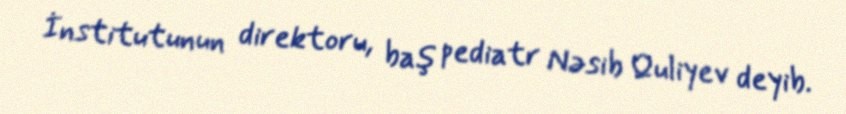
İnstitutunun direktoru, baş pediatr Nəsib Quliyev deyib.